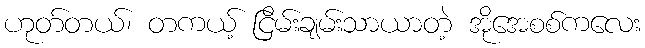
ဟုတ်တယ်၊ တကယ့် ငြိမ်းချမ်းသာယာတဲ့ အိုအေစစ်ကလေး